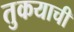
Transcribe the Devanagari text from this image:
तुकयाची